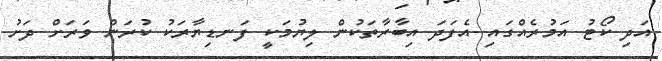
އަދި ކޯޓު އަމުރެއްގައި އެފަދަ އިބާރާތަކުން ލިޔުމަކީ ފަނޑިޔާރަކު ކުރަން ވަރަށް ދަށު